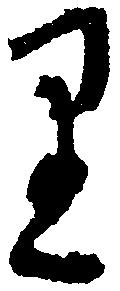
り